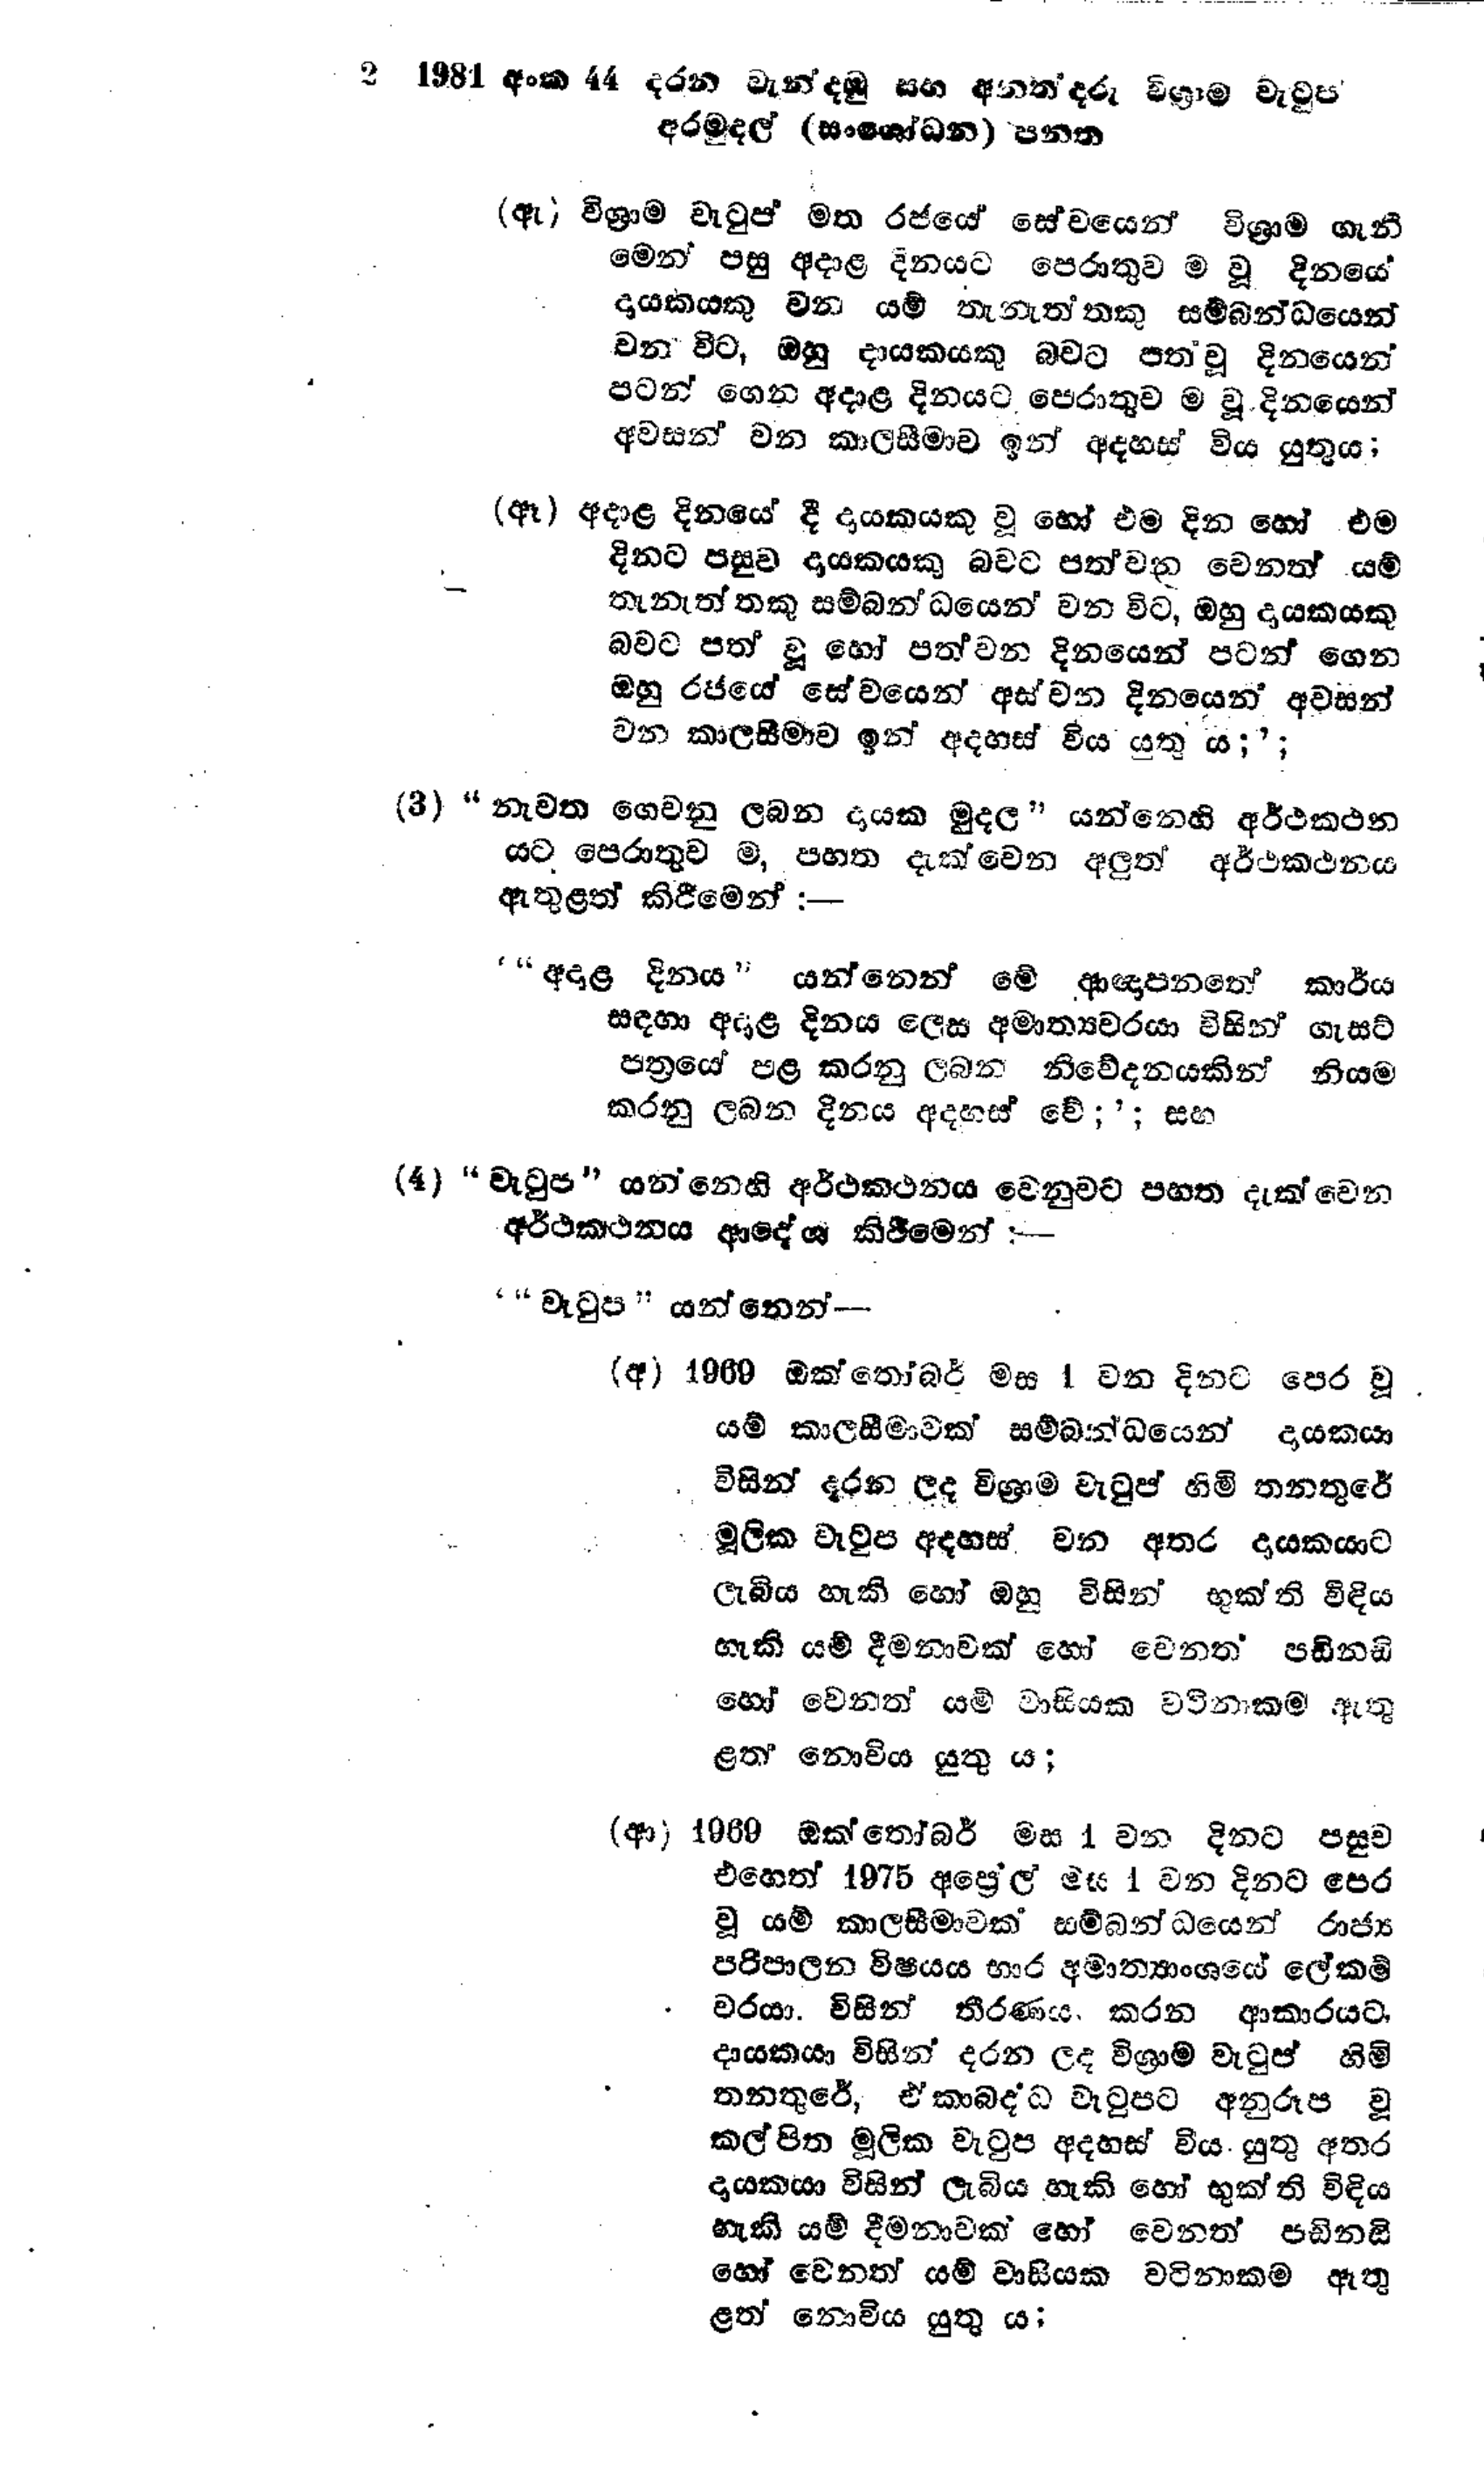
2. 1981 අංක 44 දරන වැන්දඹු සහ අනත්දරු විශ්‍රාම වැටුප්
අරමුදල් (සංශෝධන) පනත

(ඇ) විශ්‍රාම වැටුප් මත රජයේ සේවයෙන් විශ්‍රාම ගැනී
මෙන් පසු අදාළ දිනයට පෙරාතුව ම වූ දිනයේ
දායකයකු වන යම් තැනැත්තකු සම්බන්ධයෙන්
වන විට, ඔහු දායකයකු බවට පත් වූ දිනයෙන්
පටන් ගෙන අදාළ දිනයට පෙරාතුව ම වූ දිනයෙන්
අවසන් වන කාලසීමාව ඉන් අදහස් විය යුතුය;

(ඈ) අදාළ දිනයේ දී දායකයකු වූ හෝ එම දින හෝ එම
දිනට පසුව දායකයකු බවට පත්වන වෙනත් යම්
තැනැත්තකු සම්බන්ධයෙන් වන විට, ඔහු දායකයකු
බවට පත් වූ හෝ පත් වන දිනයෙන් පටන් ගෙන
ඔහු රජයේ සේවයෙන් අස්වන දිනයෙන් අවසන්
වන කාලසීමාව ඉන් අදහස් විය යුතු ය;';

(3)"නැවත ගෙවනු ලබන දායක මුදල " යන්නෙහි අර්ථකථන
යට පෙරාතුව ම, පහත දැක්වෙන අලුත් අර්ථකථනය
ඇතුළත් කිරීමෙන් :-

' "අදාළ දිනය " යන්නෙන් මේ ආඥාපනතේ කාර්ය
සඳහා අදාළ දිනය ලෙස අමාත්‍යවරයා විසින් ගැසට්
පත්‍රයේ පළ කරනු ලබන නිවේදනයකින් නියම
කරනු ලබන දිනය අදහස් වේ;'; සහ

(4) "වැටුප " යන්නෙහි අර්ථකථනය වෙනුවට පහත දැක්වෙන
අර්ථකථනය ආදේශ කිරීමෙන් :---

' "වැටුප " යන්නෙන් -

(අ) 1969 ඔක්තෝබර් මස 1 වන දිනට පෙර වූ .
යම් කාලසීමාවක් සම්බන්ධයෙන් දායකයා
විසින් දරන ලද විශ්‍රාම වැටුප් හිමි තනතුරේ
මූලික වැටුප අදහස් වන අතර දායකයාට
ලැබිය හැකි හෝ ඔහු විසින් භුක්ති විඳිය
හැකි යම් දීමනාවක් හෝ වෙනත් පඩිනඩි
හෝ වෙනත් යම් වාසියක වටිනාකම ඇතු
ළත් නොවිය යුතු ය;

(ආ) 1969 ඔක්තෝබර් මස 1 වන දිනට පසුව
එහෙත් 1975 අප්‍රේල් මස 1 වන දිනට පෙර
වූ යම් කාලසීමාවක සම්බන්ධයෙන් රාජ්‍ය
පරිපාලන විෂයය භාර අමාත්‍යාංශයේ ලේකම්
වරයා. විසින් තීරණය කරන ආකාරයට,
දායකයා විසින් දරන ලද විශ්‍රාම වැටුප් හිමි
තනතුරේ, ඒකාබද්ධ වැටුපට අනුරූප වූ
කල්පිත මූලික වැටුප අදහස් විය යුතු අතර
දායකයා විසින් ලැබිය හැකි හෝ භුක්ති විඳිය
හැකි යම් දීමනාවක් හෝ වෙනත් පඩිනඩි
හෝ වෙනත් යම් වාසියක වටිනාකම ඇතු
ළත් නොවිය යුතු ය;